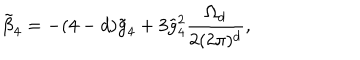
\tilde { \beta } _ { 4 } = - ( 4 - d ) \tilde { g } _ { 4 } + 3 \tilde { g } _ { 4 } ^ { 2 } \frac { \Omega _ { d } } { 2 ( 2 \pi ) ^ { d } } ,